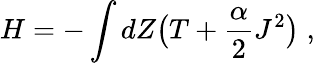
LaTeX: H=-\int dZ\bigl(T+\frac{\alpha}{2}J^{2}\bigr)\; ,